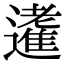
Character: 𨘝